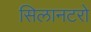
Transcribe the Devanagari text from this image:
सिलानटरो